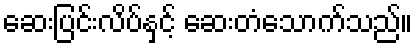
ဆေးပြင်းလိပ်နှင့် ဆေးတံသောက်သည်။